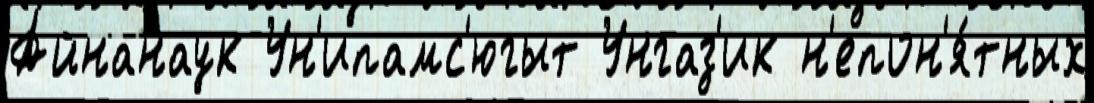
Айнанаук Ун'ипамс'югыт Унгаз'ик н'епон'я́тных